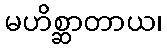
မဟိစ္ဆာတာယ၊